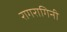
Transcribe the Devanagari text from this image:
रागरागिनी